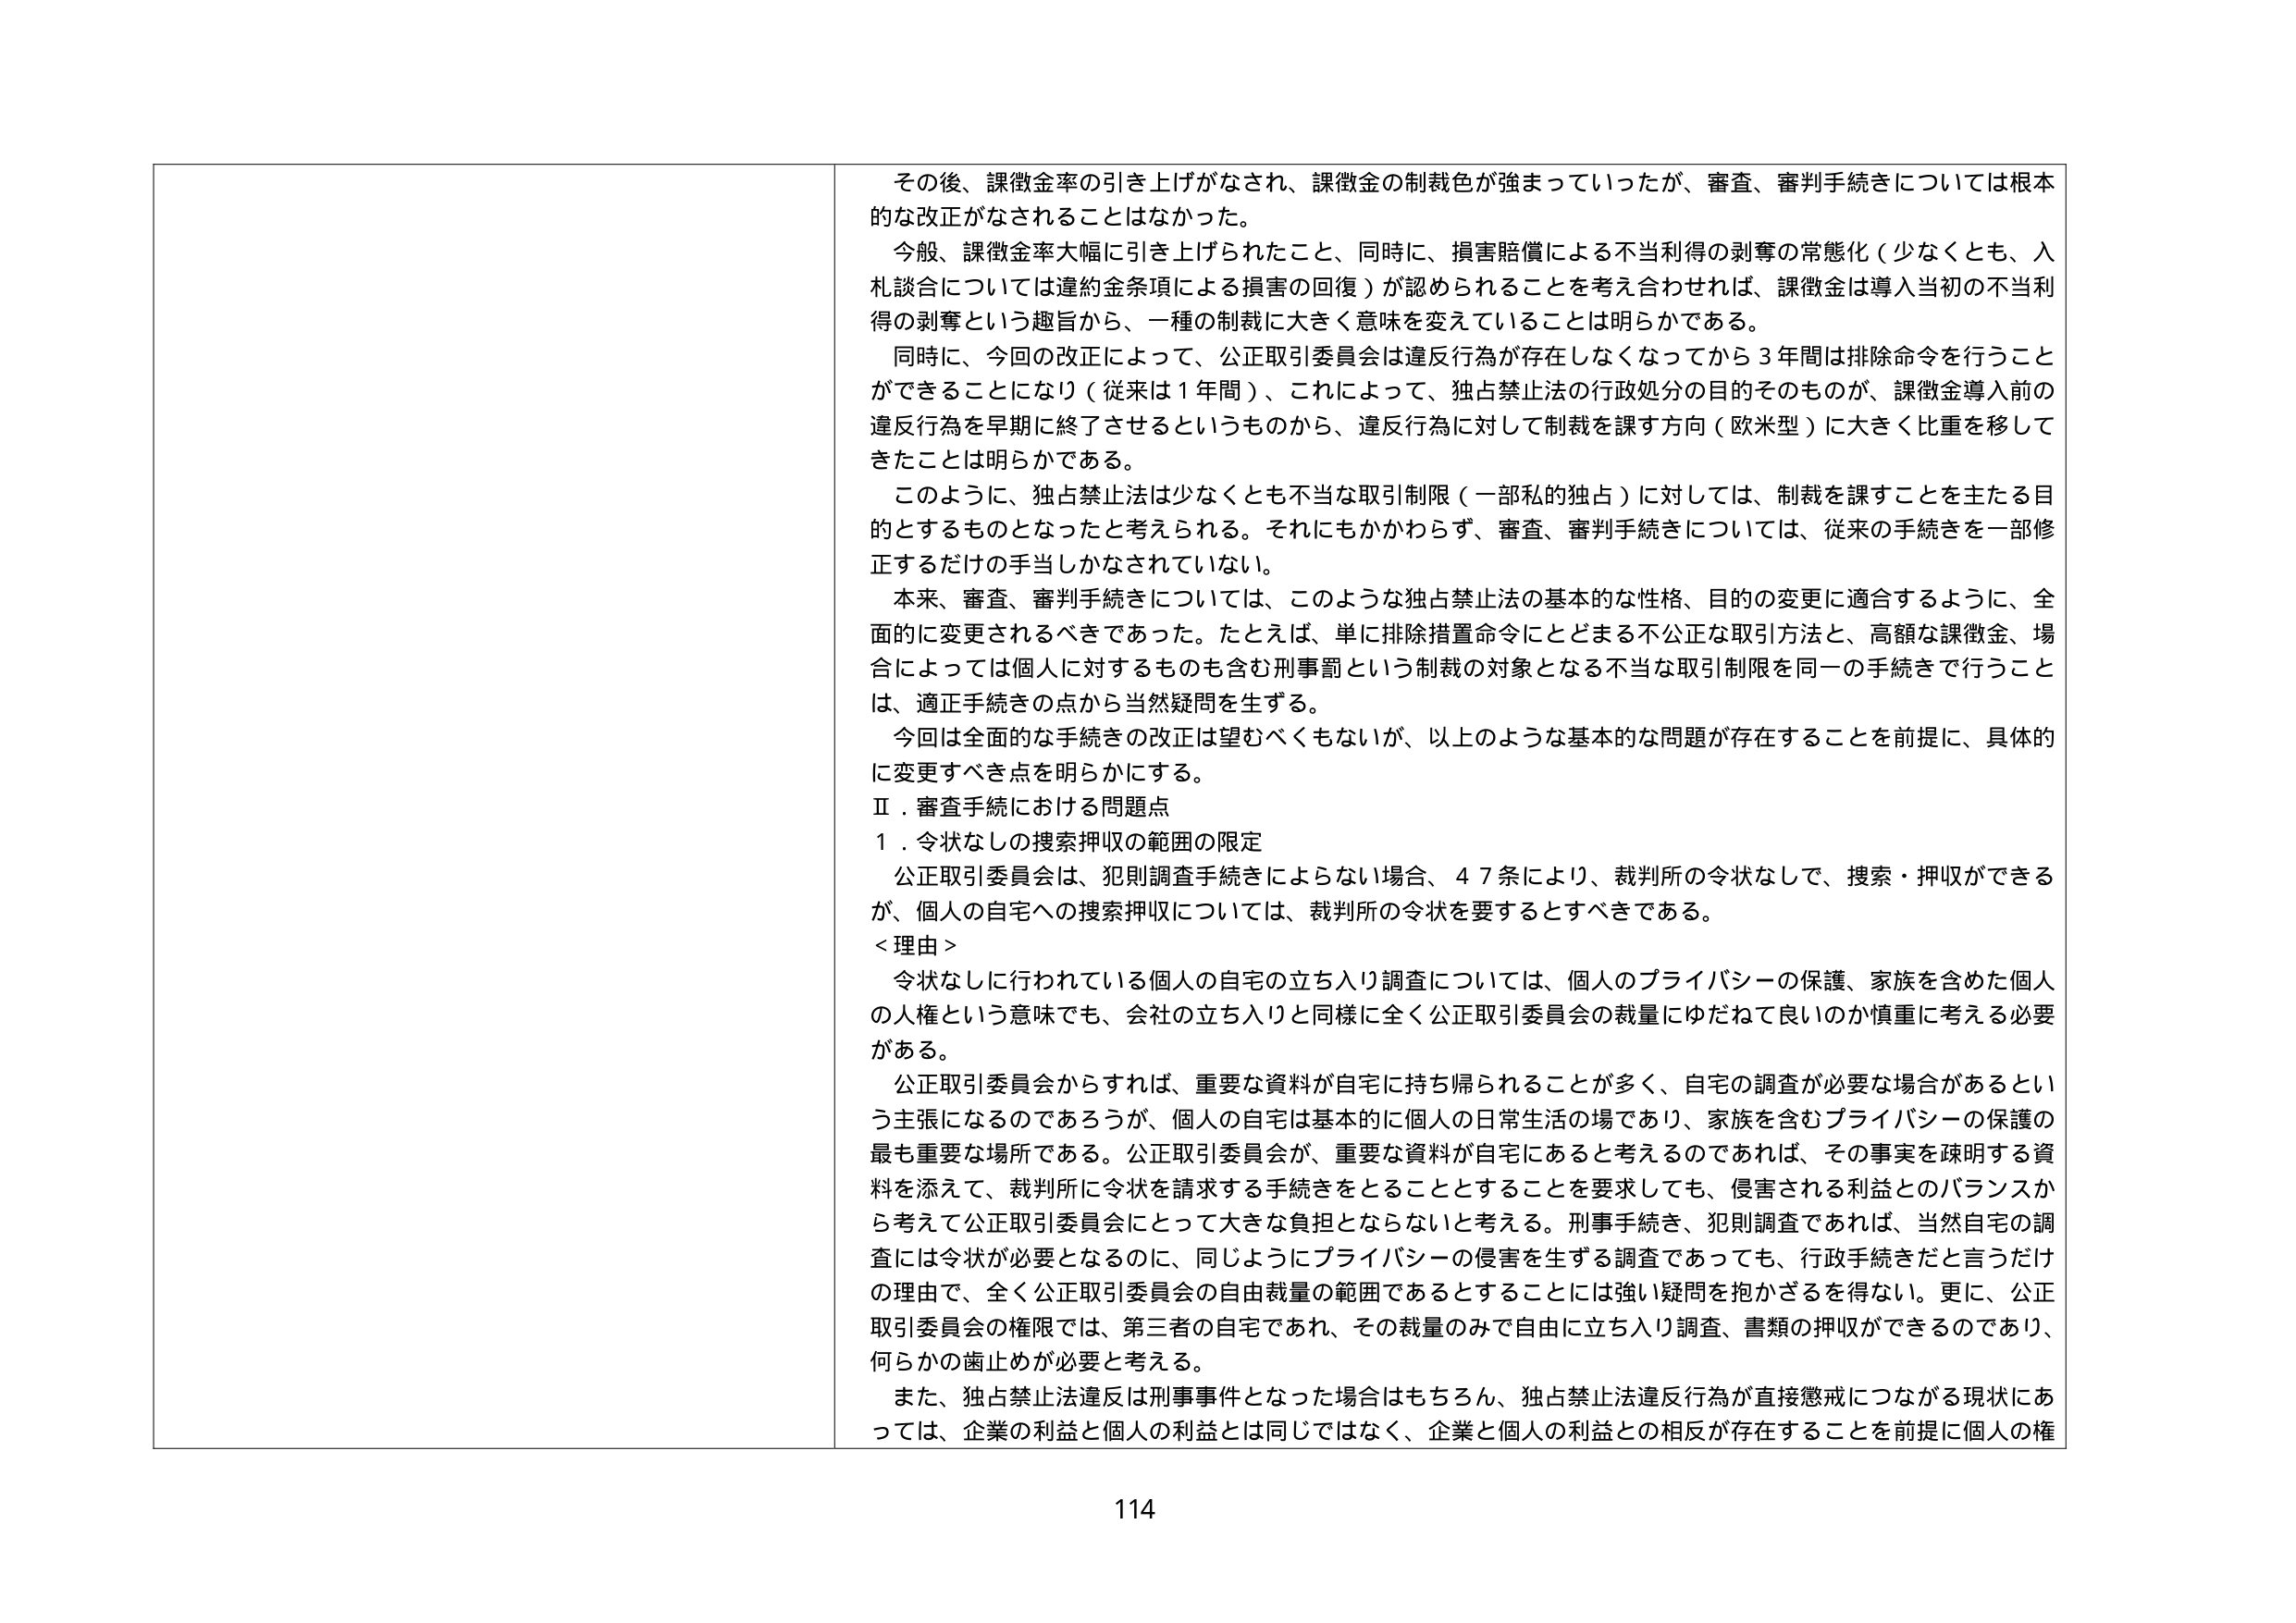
その後、課徴金率の引き上げがなされ、課徴金の制裁色が強まっていったが、審査、審判手続きについては根本的な改正がなされることはなかった。

今般、課徴金率大幅に引き上げられたこと、同時に、損害賠償による不当利得の剥奪の常態化（少なくとも、入札談合については違約金条項による損害の回復）が認められることを考え合わせれば、課徴金は導入当初の不当利得の剥奪という趣旨から、一種の制裁に大きく意味を変えていることは明らかである。

同時に、今回の改正によって、公正取引委員会は違反行為が存在しなくなってから３年間は排除命令を行うことができるようになり（従来は１年間）、これによって、独占禁止法の行政処分の目的そのものが、課徴金導入前の違反行為を早期に終了させるというものから、違反行為に対して制裁を課す方向（欧米型）に大きく比重を移してきたことは明らかである。

このように、独占禁止法は少なくとも不当な取引制限（一部私的独占）に対しては、制裁を課すことを主たる目的とするものとなったと考えられる。それにもかかわらず、審査、審判手続きについては、従来の手続きを一部修正するだけの手当しかなされていない。

本来、審査、審判手続きについては、このような独占禁止法の基本的な性格、目的の変更に適合するように、全面的に変更されるべきであった。たとえば、単に排除措置命令にとどまる不公正な取引方法と、高額な課徴金、場合によっては個人に対するものも含む刑事罰という制裁の対象となる不当な取引制限を同一の手続きで行うことは、適正手続きの点から当然疑問を生ずる。

今回は全面的な手続きの改正は望むべくもないが、以上のような基本的な問題が存在することを前提に、具体的に変更すべき点を明らかにする。

Ⅱ．審査手続における問題点

１．令状なしの捜索押収の範囲の限定

公正取引委員会は、犯則調査手続きによらない場合、４７条により、裁判所の令状なしで、捜索・押収ができるが、個人の自宅への捜索押収については、裁判所の令状を要するべきである。

＜理由＞

令状なしに行われている個人の自宅の立ち入り調査については、個人のプライバシーの保護、家族を含めた個人の人権という意味でも、会社の立ち入りと同様に全く公正取引委員会の裁量にゆだねて良いのか慎重に考える必要がある。

公正取引委員会からすれば、重要な資料が自宅に持ち帰られることが多く、自宅の調査が必要な場合があるという主張になるのであろうが、個人の自宅は基本的に個人の日常生活の場であり、家族を含むプライバシーの保護の最も重要な場所である。公正取引委員会が、重要な資料が自宅にあると考えるのであれば、その事実を疎明する資料を添えて、裁判所に令状を請求する手続きをとることとすることを要求しても、侵害される利益とのバランスから考えて公正取引委員会にとって大きな負担とならないと考える。刑事手続き、犯則調査であれば、当然自宅の調査には令状が必要となるのに、同じようにプライバシーの侵害を生ずる調査であっても、行政手続きだと言うだけの理由で、全く公正取引委員会の自由裁量の範囲であるとすることには強い疑問を抱かざるを得ない。更に、公正取引委員会の権限では、第三者の自宅であれ、その裁量のみで自由に立ち入り調査、書類の押収ができるのであり、何らかの歯止めが必要と考える。

また、独占禁止法違反は刑事事件となった場合はもちろん、独占禁止法違反行為が直接懲戒につながる現状にあっては、企業の利益と個人の利益とは同じではなく、企業と個人の利益との相反が存在することを前提に個人の権

114